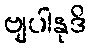
ဗျပါနုဒိ